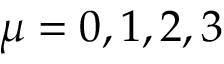
\mu = 0 , 1 , 2 , 3